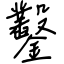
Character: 鑿